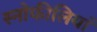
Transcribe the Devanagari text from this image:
स्नोफीलियां